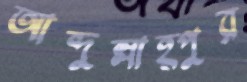
আব্দুল্লাহ্পুর